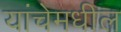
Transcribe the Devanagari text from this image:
यांचेमधील